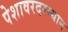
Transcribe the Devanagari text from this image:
पेशावरदरम्यान